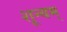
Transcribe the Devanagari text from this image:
शून्यम्